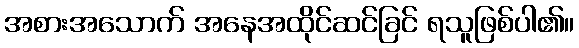
အစားအသောက် အနေအထိုင်ဆင်ခြင် ရသူဖြစ်ပါ၏။